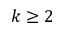
k \ge 2